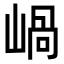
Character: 𡹬